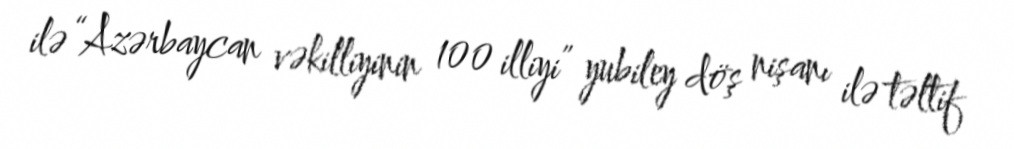
ilə “Azərbaycan vəkilliyinin 100 illiyi” yubiley döş nişanı ilə təltif